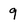
Character: 9